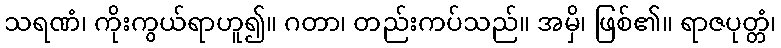
သရဏံ၊ ကိုးကွယ်ရာဟူ၍။ ဂတာ၊ တည်းကပ်သည်။ အမှိ၊ ဖြစ်၏။ ရာဇပုတ္တံ၊